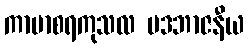
ကာမာစရကုသလ ပဒဘာဇနီယ